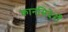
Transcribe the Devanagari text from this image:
कानसिदेराँ